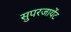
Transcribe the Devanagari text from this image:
सुपरजायेंट